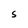
Character: S